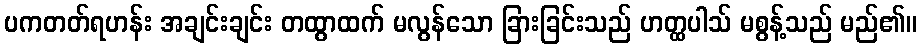
ပကတတ်ရဟန်း အချင်းချင်း တထွာထက် မလွန်သော ခြားခြင်းသည် ဟတ္ထပါသ် မစွန့်သည် မည်၏။